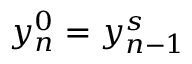
y _ { n } ^ { 0 } = y _ { n - 1 } ^ { s }